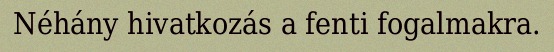
Néhány hivatkozás a fenti fogalmakra.